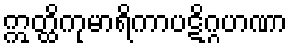
ဣတ္ထိကုမာရိကာပဋိဂ္ဂဟဏာ